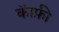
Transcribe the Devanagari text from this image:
कॅाफ़ी